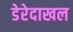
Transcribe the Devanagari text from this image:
डेरेदाखल